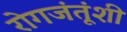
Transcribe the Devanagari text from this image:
रोगजंतूंशी